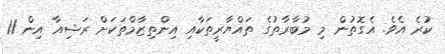
ކުރެ އެވެ. އެގޮތުން މި މުބާރާތުގެ ތައްޔާރީތަކާއި އިންތިޒާމްތަކަށް ރަޝިއާ އިން 11